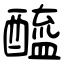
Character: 醯